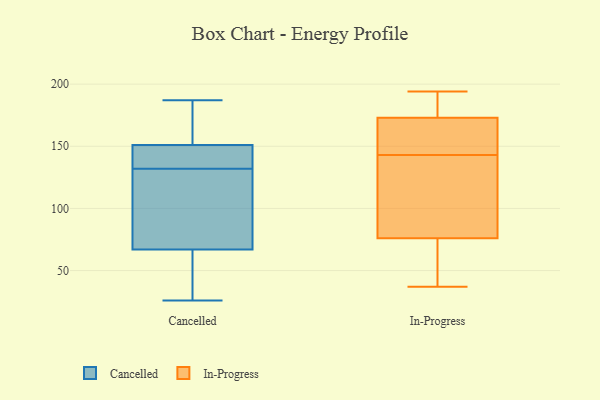
{"axis": {"x": "Market Share (%)", "y": "Value"}, "legend": ["Cancelled", "In-Progress"], "data": [{"x": "", "y": 67, "type": "Cancelled"}, {"x": "", "y": 118, "type": "Cancelled"}, {"x": "", "y": 117, "type": "Cancelled"}, {"x": "", "y": 187, "type": "Cancelled"}, {"x": "", "y": 146, "type": "Cancelled"}, {"x": "", "y": 151, "type": "Cancelled"}, {"x": "", "y": 155, "type": "Cancelled"}, {"x": "", "y": 33, "type": "Cancelled"}, {"x": "", "y": 147, "type": "Cancelled"}, {"x": "", "y": 26, "type": "Cancelled"}, {"x": "", "y": 61, "type": "In-Progress"}, {"x": "", "y": 173, "type": "In-Progress"}, {"x": "", "y": 102, "type": "In-Progress"}, {"x": "", "y": 173, "type": "In-Progress"}, {"x": "", "y": 134, "type": "In-Progress"}, {"x": "", "y": 168, "type": "In-Progress"}, {"x": "", "y": 138, "type": "In-Progress"}, {"x": "", "y": 194, "type": "In-Progress"}, {"x": "", "y": 42, "type": "In-Progress"}, {"x": "", "y": 61, "type": "In-Progress"}, {"x": "", "y": 37, "type": "In-Progress"}, {"x": "", "y": 91, "type": "In-Progress"}, {"x": "", "y": 167, "type": "In-Progress"}, {"x": "", "y": 185, "type": "In-Progress"}, {"x": "", "y": 183, "type": "In-Progress"}, {"x": "", "y": 148, "type": "In-Progress"}]}